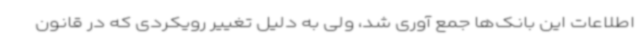
اطلاعات این بانک‌ها جمع آوری شد، ولی به دلیل تغییر رویکردی که در قانون